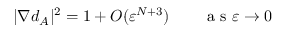
| \nabla d _ { A } | ^ { 2 } = 1 + O ( \ensuremath { \varepsilon } ^ { N + 3 } ) \qquad \mathrm { ~ a ~ s ~ } \ensuremath { \varepsilon } \to 0